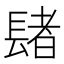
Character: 𨲘